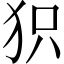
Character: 𤝖